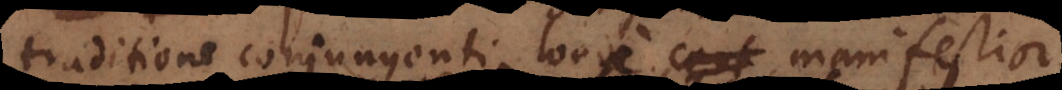
traditione conjungenti longe manifestior